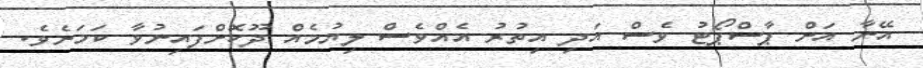
އޭނާ އަށް ޕާސްޕޯޓު ވެސް އަދި އިތުރު އެއްވެސް ލިޔުމެއް ދޫކޮށްފައިނުވާ ކަމަށެވެ.